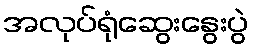
အလုပ်ရုံဆွေးနွေးပွဲ